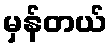
မှန်တယ်